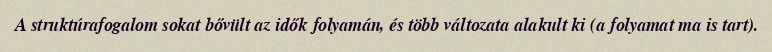
A struktúrafogalom sokat bővült az idők folyamán, és több változata alakult ki (a folyamat ma is tart).